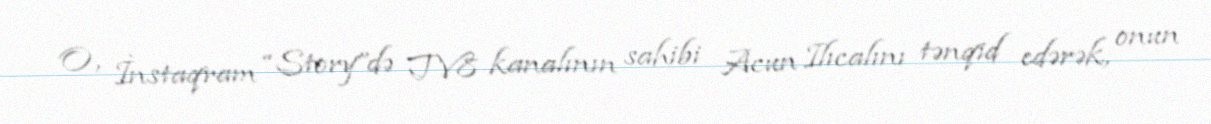
O, İnstaqram “Story”də TV8 kanalının sahibi Acun Ilıcalını tənqid edərək, onun